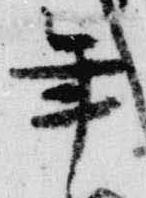
年